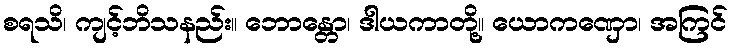
စရသိ၊ ကျင့်ဘိသနည်း။ ဘောန္တော၊ ဒါယကာတို့။ ယောကဏှော၊ အကြင်